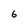
Character: 6